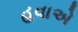
હવાએ